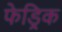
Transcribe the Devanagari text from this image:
फेड्रिक